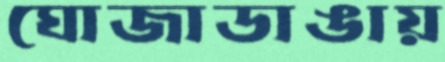
ঘোজাডাঙায়